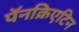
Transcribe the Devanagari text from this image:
पॅनक्रिएटिन